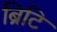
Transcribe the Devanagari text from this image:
ब्रिटि